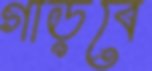
গাড়বে